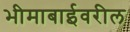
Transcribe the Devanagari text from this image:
भीमाबाईवरील